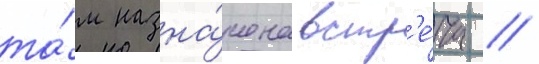
та́м назна́чена встр'е́ча //